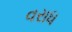
વરાધ